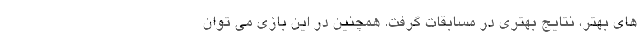
های بهتر، نتایج بهتری در مسابقات گرفت. همچنین در این بازی می توان